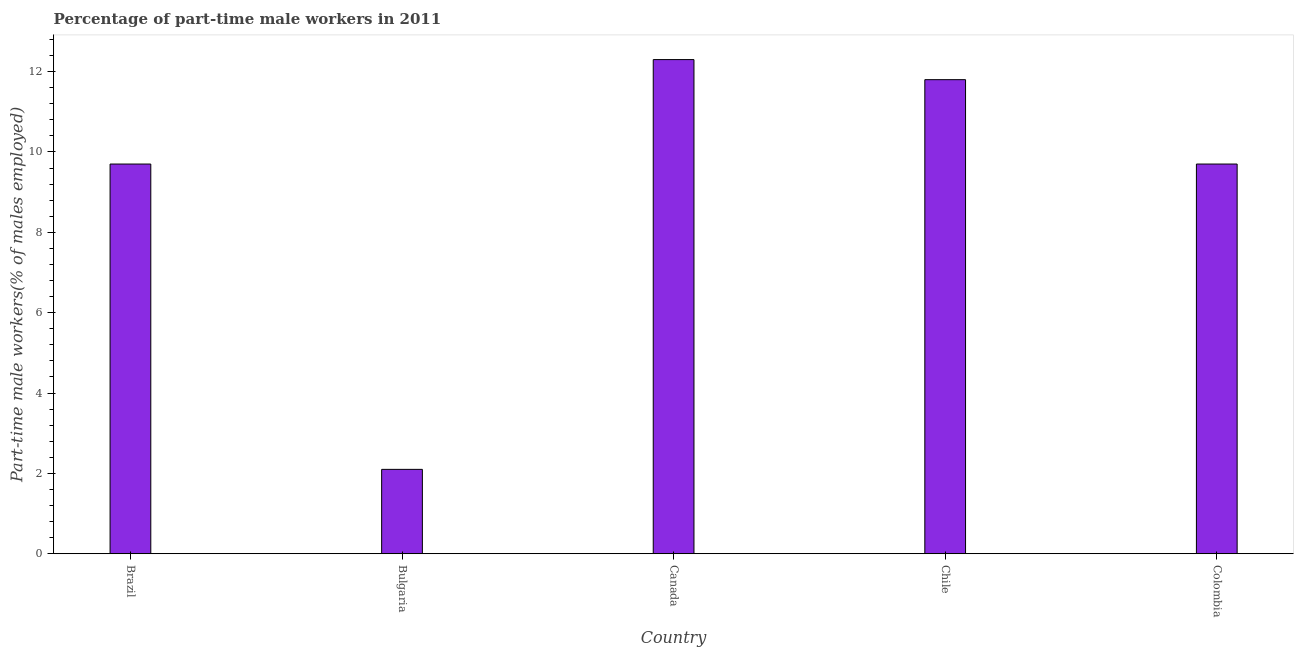
| Country | Part time employment |
 | --- | --- |
 | Brazil | 9.7 |
 | Bulgaria | 2.1 |
 | Canada | 12.3 |
 | Chile | 11.8 |
 | Colombia | 9.7 |